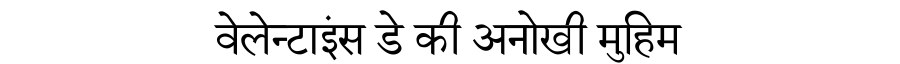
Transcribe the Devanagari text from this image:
वेलेन्टाइंस डे की अनोखी मुहिम